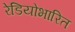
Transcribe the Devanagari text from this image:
रेडियोभारित